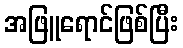
အဖြူရောင်ဖြစ်ပြီး